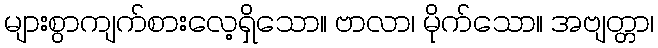
များစွာကျက်စားလေ့ရှိသော။ ဗာလာ၊ မိုက်သော။ အဗျတ္တာ၊